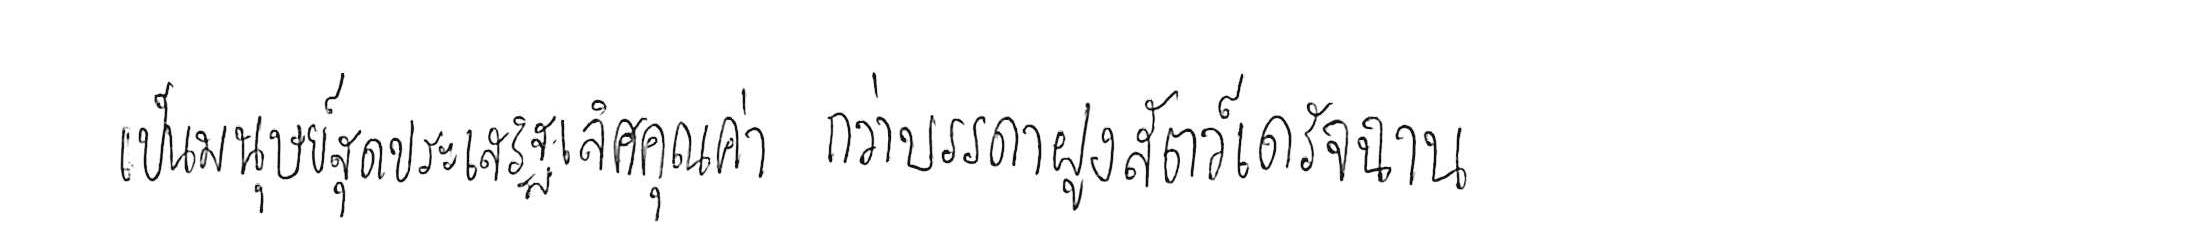
เป็นมนุษย์สุดประเสริฐเลิศคุณค่า กว่าบรรดาฝูงสัตว์เดรัจฉาน